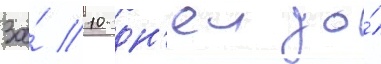
За́ 10 дн'еи до́